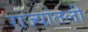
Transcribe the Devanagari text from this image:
राज्यांतली